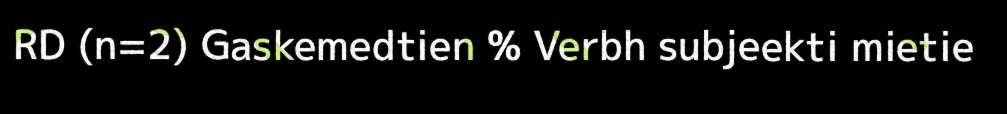
RD (n=2) Gaskemedtien % Verbh subjeekti mietie